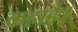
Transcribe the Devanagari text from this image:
कहाहै।